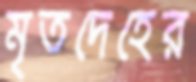
মৃতদেহের